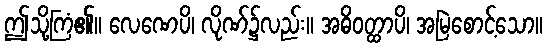
ဤသို့ကြံ၏။ လေဏေပိ၊ လိုဏ်၌လည်း။ အဓိဝတ္ထာပိ၊ အမြဲစောင့်သော။